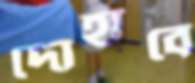
দোহাবে